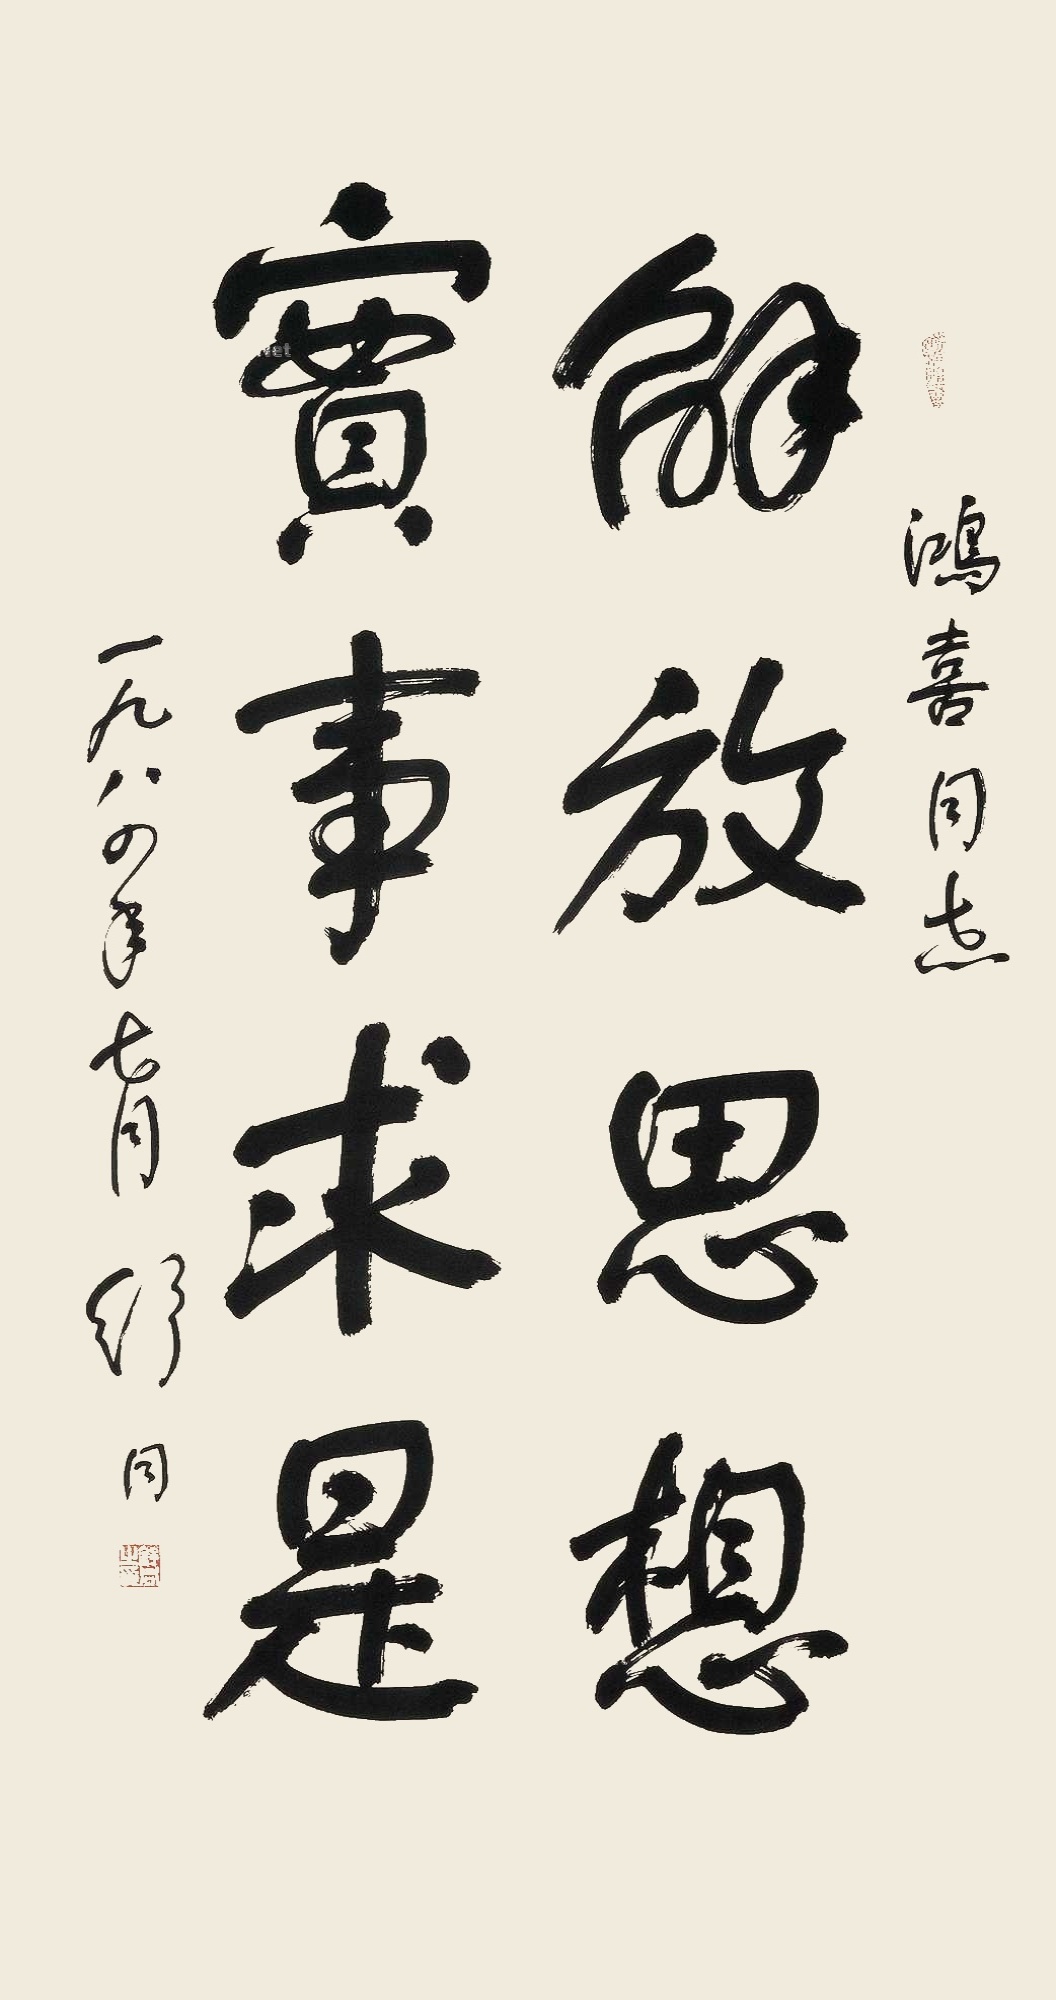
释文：解放思想，实事求是。鸿喜同志。一九八四年七月，舒同。